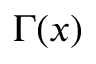
\Gamma ( x )